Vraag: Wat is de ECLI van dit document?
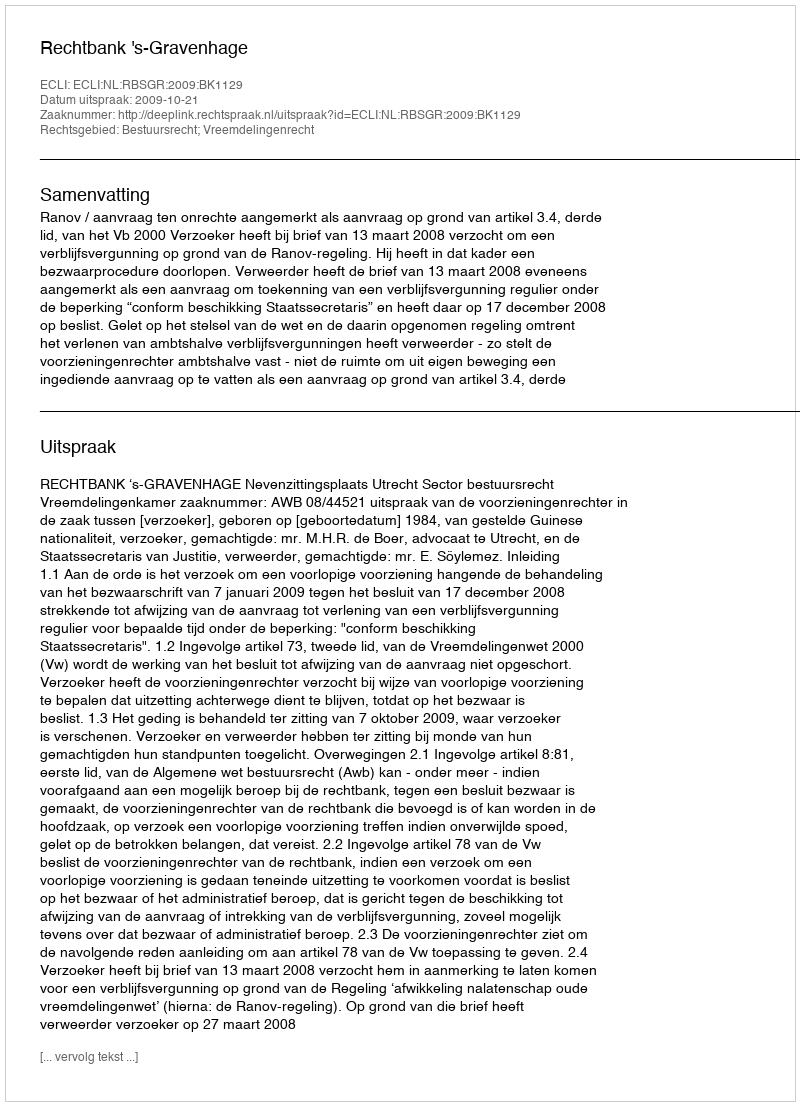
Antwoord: ECLI:NL:RBSGR:2009:BK1129